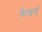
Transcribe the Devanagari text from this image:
क्रेडर्न